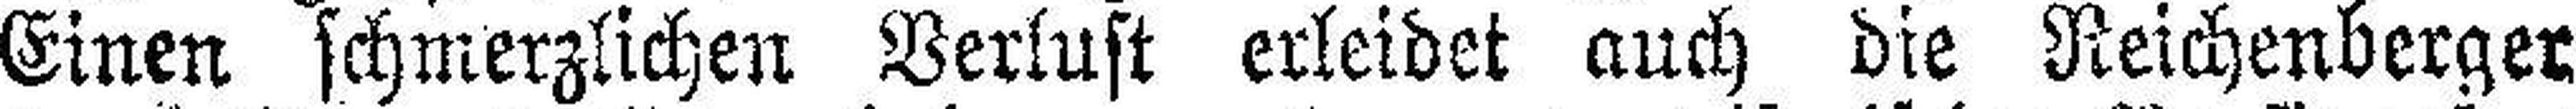
Einen schmerzlichen Verlust erleidet auch die Reichenberger